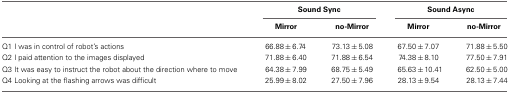
|  | <COLSPAN=2> Sound Sync | <COLSPAN=2> Sound Async |
 |  | Mirror | no-Mirror | Mirror | no-Mirror |
 | --- | --- | --- | --- | --- |
 | Q1 I was in control of robot's actions | 66.88 ± 6.74 | 73.13 ± 5.08 | 67.50 ± 7.07 | 71.88 ± 5.50 |
 | Q2 I paid attention to the images displayed | 71.88 ± 6.40 | 71.88 ± 6.54 | 74.38 ± 8.10 | 77.50 ± 7.91 |
 | Q3 It was easy to instruct the robot about the direction where to move | 64.38 ± 7.99 | 68.75 ± 5.49 | 65.63 ± 10.41 | 62.50 ± 5.00 |
 | Q4 Looking at the flashing arrows was difficult | 25.99 ± 8.02 | 27.50 ± 7.96 | 28.13 ± 9.54 | 28.13 ± 7.44 |